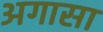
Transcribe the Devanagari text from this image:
अगासा